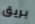
بريق